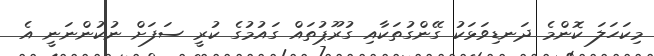
މިކަހަލަ ކޮންމެ ދަނޑިވަޅަކު ގޭންގުތަކާއި ގުރޫޕުތައް ގައުމުގެ ކުރީ ސަފަށް ނުކުންނަނީ އެ